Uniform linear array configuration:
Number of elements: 4
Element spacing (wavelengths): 1
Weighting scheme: hann
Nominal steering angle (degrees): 45
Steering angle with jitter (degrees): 43.341
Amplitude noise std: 0.05
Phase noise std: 0.05

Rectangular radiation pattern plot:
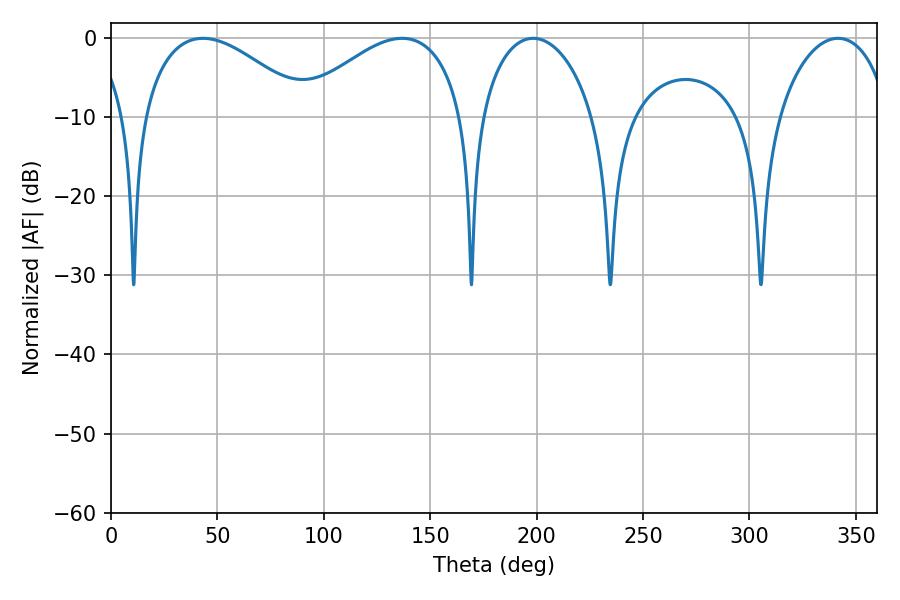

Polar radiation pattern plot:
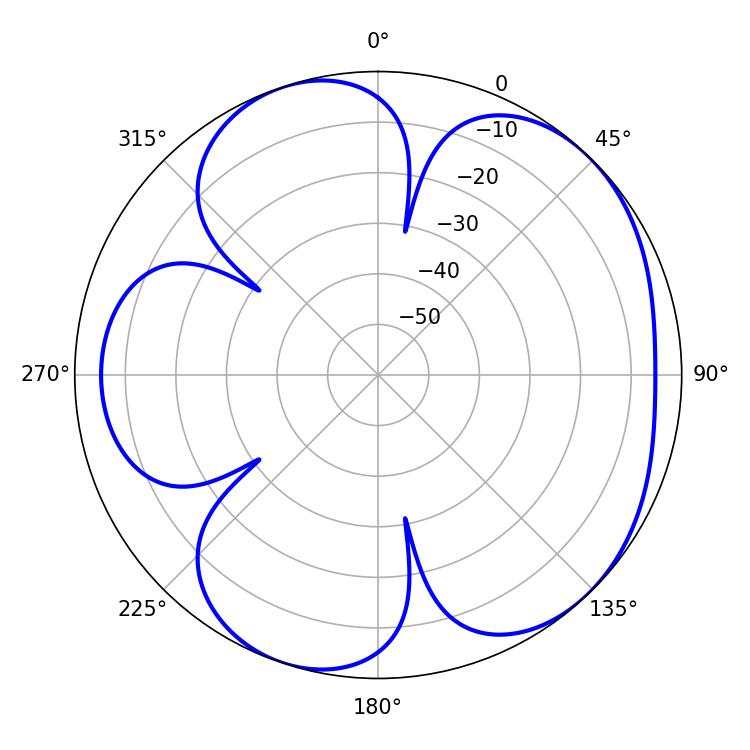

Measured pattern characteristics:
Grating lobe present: TRUE
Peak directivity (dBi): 5.146
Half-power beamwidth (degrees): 30.6
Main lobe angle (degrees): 198.36